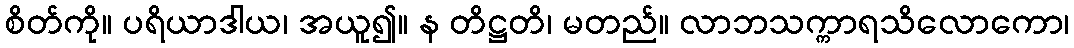
စိတ်ကို။ ပရိယာဒါယ၊ အယူ၍။ န တိဋ္ဌတိ၊ မတည်။ လာဘသက္ကာရသိလောကော၊